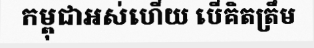
កម្ពុជាអស់ហើយ បើគិតត្រឹម